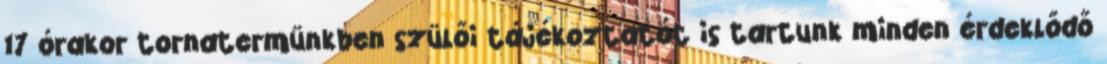
17 órakor tornatermünkben szülői tájékoztatót is tartunk minden érdeklődő